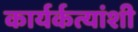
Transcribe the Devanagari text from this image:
कार्यर्कत्यांशी